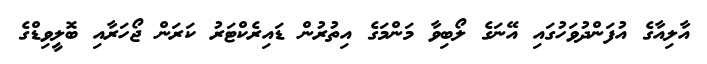
އާލިއާގެ އުފަންދުވަހުގައި އޭނަގެ ލޯބިވާ މަންމަގެ އިތުރުން ޑައިރެކްޓަރު ކަރަން ޖޯހަރާއި ބޮލީވިޑްގެ